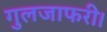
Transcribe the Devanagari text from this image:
गुलजाफरी।